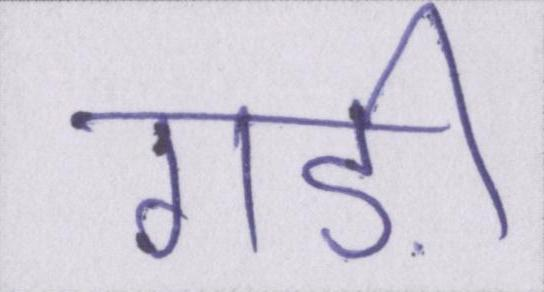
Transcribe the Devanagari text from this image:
गड़ी